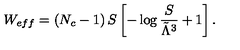
W _ { e f f } = \left( N _ { c } - 1 \right) S \left[ - \log { \frac { S } { \tilde { \Lambda } ^ { 3 } } } + 1 \right] .